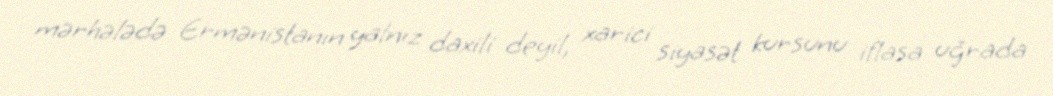
mərhələdə Ermənistanın yalnız daxili deyil, xarici siyasət kursunu iflasa uğrada